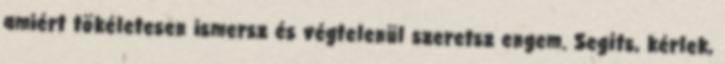
amiért tökéletesen ismersz és végtelenül szeretsz engem. Segíts, kérlek,